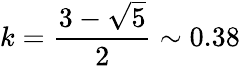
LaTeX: k=\frac{3-\sqrt{5}}{2}\sim 0.38